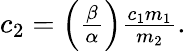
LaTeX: \begin{array}{r}{c_{2}=\left(\frac{\beta}{\alpha}\right)\frac{c_{1}m_{1}}{m_{2}}.}\end{array}